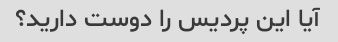
آیا این پردیس را دوست دارید؟